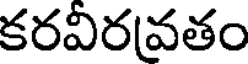
కరవిరవతం